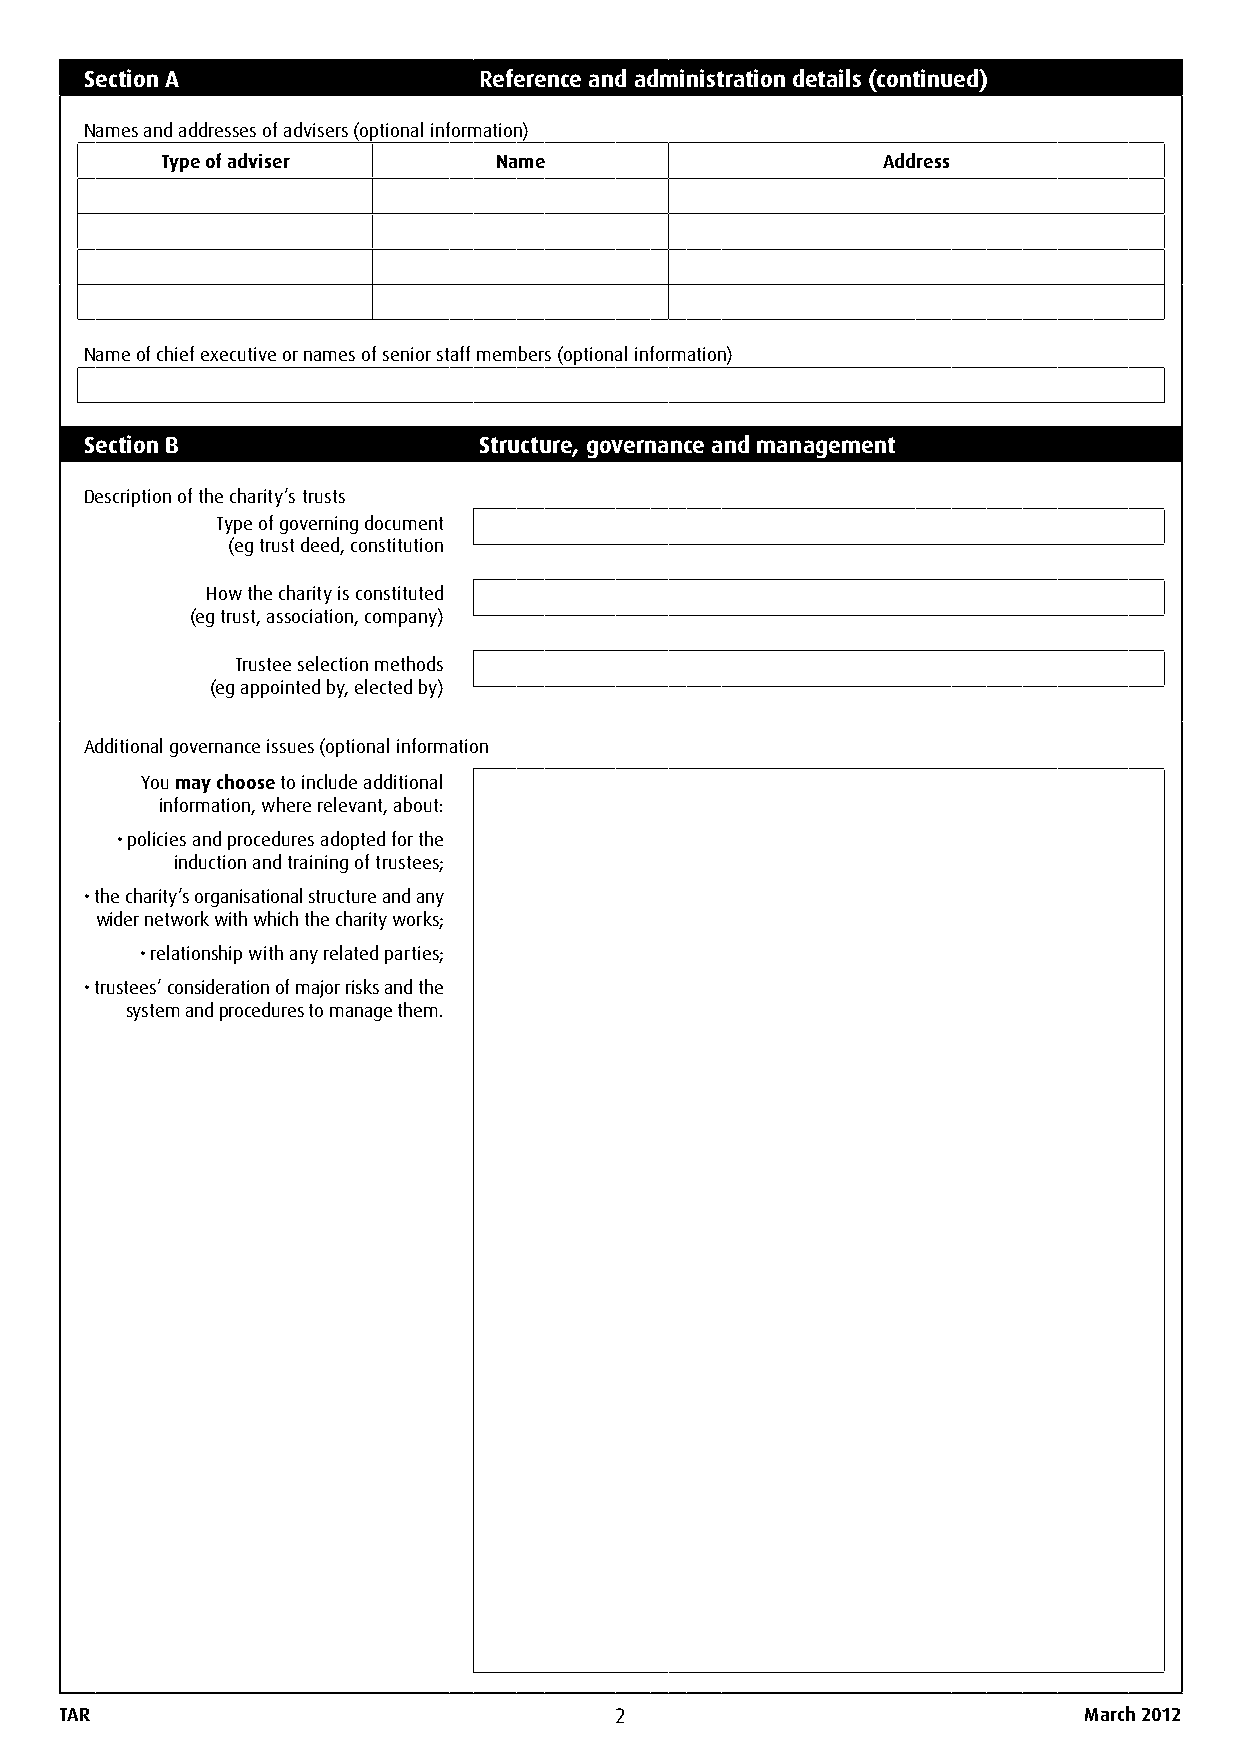
Section A                 Reference and administration details (continued)
 Names and addresses of advisers (optional information)
 Type of adviser       Name                     Address
 Name of chief executive or names of senior staff members (optional information)
 Section B                 Structure, governance and management
 Description of the charity’s trusts
 Type of governing document
 (eg trust deed, constitution
 How the charity is constituted
 (eg trust, association, company)
 Trustee selection methods
 (eg appointed by, elected by)
 Additional governance issues (optional information
 You may choose to include additional
 information, where relevant, about:
 • policies and procedures adopted for the
 induction and training of trustees;
 • the charity’s organisational structure and any
 wider network with which the charity works;
 • relationship with any related parties;
 • trustees’ consideration of major risks and the
 system and procedures to manage them.
 TAR                                  2                              March 2012